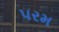
૫રમ